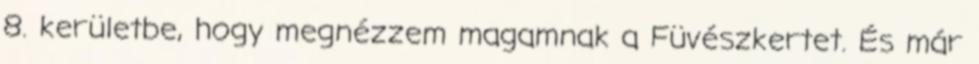
8. kerületbe, hogy megnézzem magamnak a Füvészkertet. És már